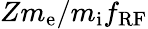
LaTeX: {Zm_{\mathrm{e}}}/{m_{\mathrm{i}}}f_{\mathrm{{RF}}}